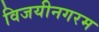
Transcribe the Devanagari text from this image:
विजयीनगरम